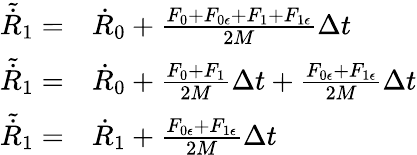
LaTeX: \begin{array}{rl}{\tilde{\dot{R}}_{1}=}&{{}\dot{R}_{0}+\frac{F_{0}+F_{0\epsilon}+F_{1}+F_{1\epsilon}}{2M}\Delta t}\\ {\tilde{\dot{R}}_{1}=}&{{}\dot{R}_{0}+\frac{F_{0}+F_{1}}{2M}\Delta t+\frac{F_{0\epsilon}+F_{1\epsilon}}{2M}\Delta t}\\ {\tilde{\dot{R}}_{1}=}&{{}\dot{R}_{1}+\frac{F_{0\epsilon}+F_{1\epsilon}}{2M}\Delta t}\end{array}